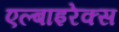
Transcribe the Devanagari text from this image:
एल्बाइरेक्स